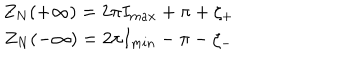
LaTeX: \begin{array} { c } { { Z _ { N } ( + \infty ) = 2 \pi I _ { m a x } + \pi + \zeta _ { + } } } \\ { { Z _ { N } ( - \infty ) = 2 \pi I _ { m i n } - \pi - \zeta _ { - } } } \\ \end{array}